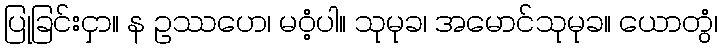
ပြုခြင်းငှာ။ န ဥဿဟေ၊ မဝံ့ပါ။ သုမုခ၊ အမောင်သုမုခ။ ယောတွံ၊